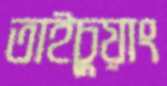
তাইচুয়াং